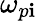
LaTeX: \omega_{p\mathbf{i}}